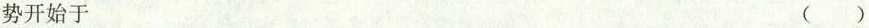
势开始于 ( )